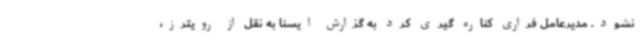
نشود. مدیرعامل فراری کناره گیری کرد به گزارش ایسنا به نقل از رویترز،